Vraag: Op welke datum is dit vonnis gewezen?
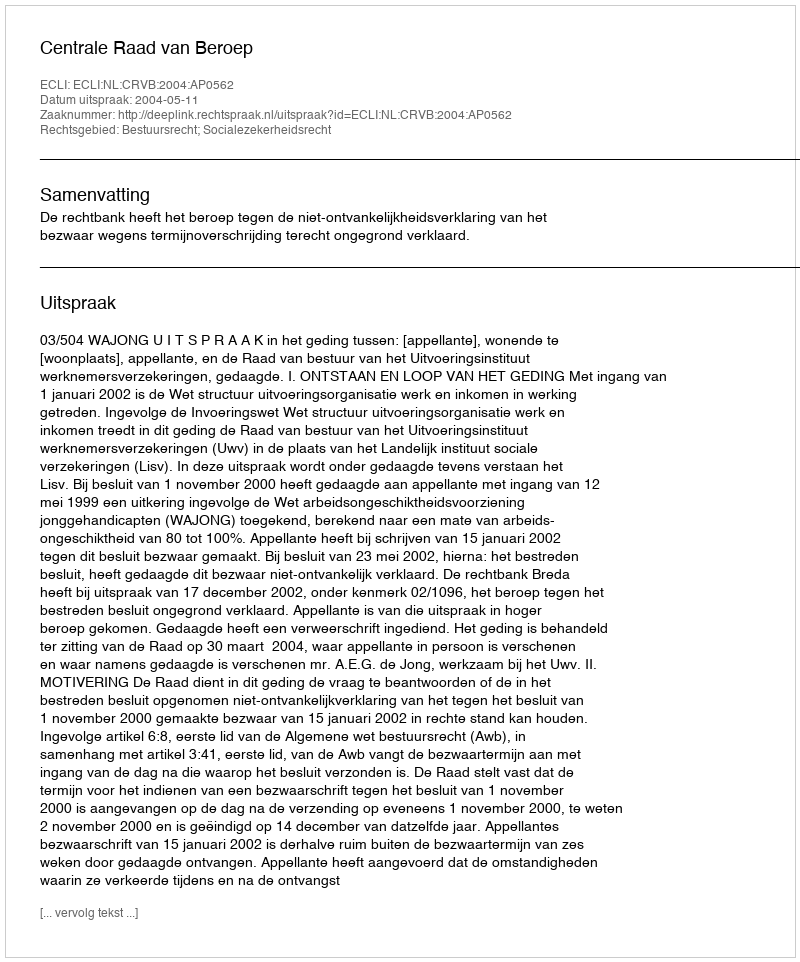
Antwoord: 2004-05-11